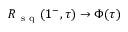
R _ { \mathrm { ~ s ~ q ~ } } ( 1 ^ { - } , \tau ) \rightarrow \Phi ( \tau )